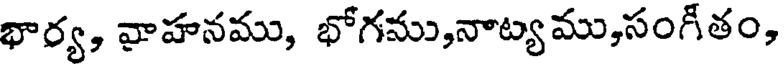
భార్య, వాహనము, భోగము,నాట్యము,సంగీతం,